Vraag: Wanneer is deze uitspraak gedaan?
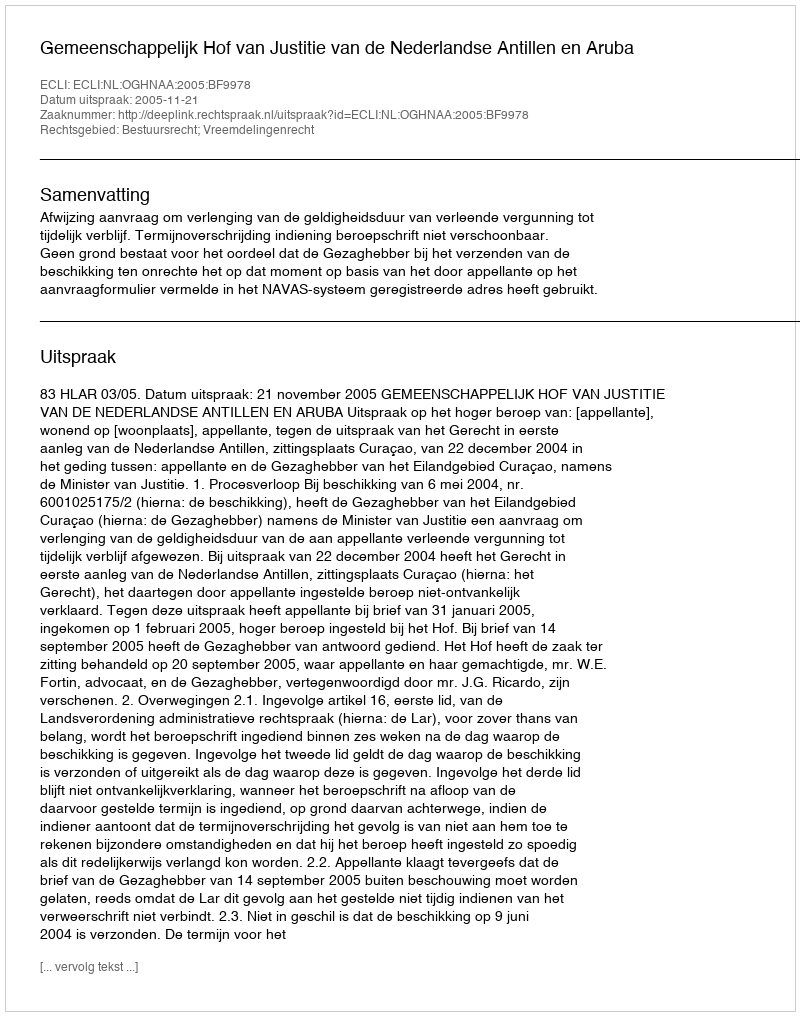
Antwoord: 2005-11-21